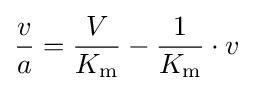
{v \over a}={V \over K_{\mathrm {m} }}-{1 \over K_{\mathrm {m} }}\cdot v